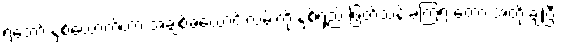
ရဲဘော် နှစ်ယောက်ဟာ အချစ်ခယောင်းလမ်းကို နှစ်ရှည် ဖြတ်သန်းခဲ့ကြရ တော့ အတိုးချပြီး